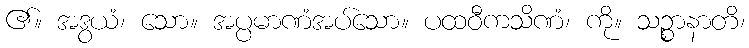
၏။ အဒွယံ၊ သော။ အပ္ပမာဏံအပ်သော။ ပထဝီကသိဏံ၊ ကို။ သဉ္စာနာတိ၊